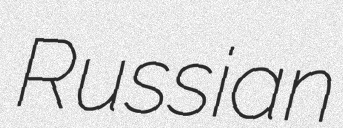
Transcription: Russian